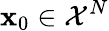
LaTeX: \mathbf{x}_{0}\in\mathcal{X}^{N}